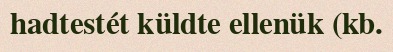
hadtestét küldte ellenük (kb.